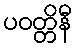
ပဝတ္တိနီ